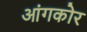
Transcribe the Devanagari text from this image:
आंगकोर